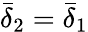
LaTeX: \bar{\delta}_{2}=\bar{\delta}_{1}